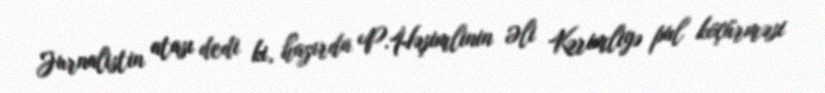
Jurnalistin atası dedi ki, hazırda P.Həşimlinin Əli Kərimliyə pul köçürməsi